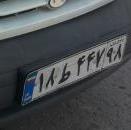
۱۸ط۴۴۷۹۸